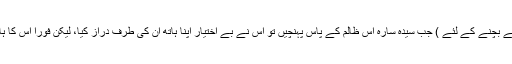
وہ گئیں تو سیدنا ابراہیمؑ نماز کے لئے کھڑے ہو گئے (اللہ سے دعا کرنے لگے اس کے شر سے بچنے کے لئے ) جب سیدہ سارہ اس ظالم کے پاس پہنچیں تو اس نے بے اختیار اپنا ہاتھ ان کی طرف دراز کیا، لیکن فورا اس کا ہاتھ سوکھ گیا وہ بولا کہ تو اللہ سے دعا کر کہ میرا ہاتھ کھل جائے ، میں تجھے نہیں ستاؤں گا۔